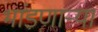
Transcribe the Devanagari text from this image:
भांडणाऱ्या